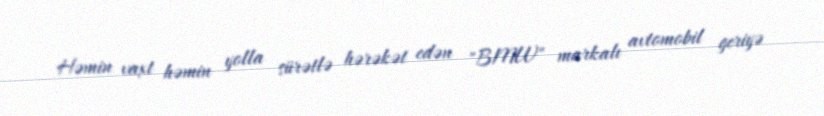
Həmin vaxt həmin yolla sürətlə hərəkət edən "BMW" markalı avtomobil geriyə